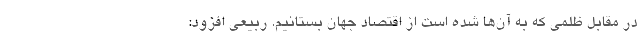
در مقابل ظلمی که به آن‌ها شده است از اقتصاد جهان بستانیم. ربیعی افزود: